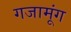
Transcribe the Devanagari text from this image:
गजामूंग